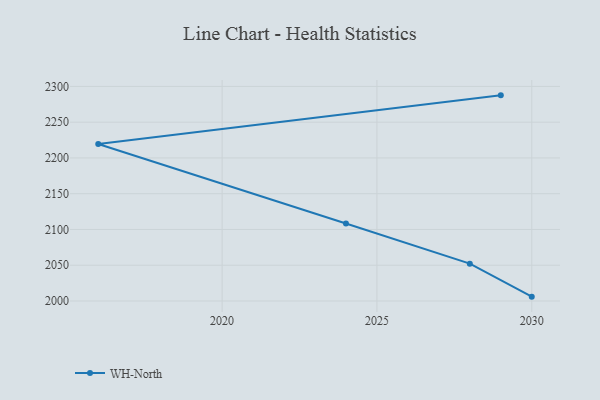
{"axis": {"x": "Year", "y": "Active Users"}, "legend": ["WH-North"], "data": [{"x": "2029", "y": 2287.5, "type": "WH-North"}, {"x": "2016", "y": 2219.4, "type": "WH-North"}, {"x": "2024", "y": 2108.4, "type": "WH-North"}, {"x": "2028", "y": 2052.2, "type": "WH-North"}, {"x": "2030", "y": 2006.1, "type": "WH-North"}]}